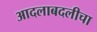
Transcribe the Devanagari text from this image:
आदलाबदलीचा